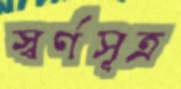
স্বর্ণসূত্র